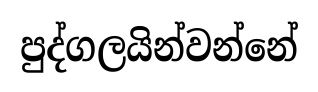
පුද්ගලයින්වන්නේ